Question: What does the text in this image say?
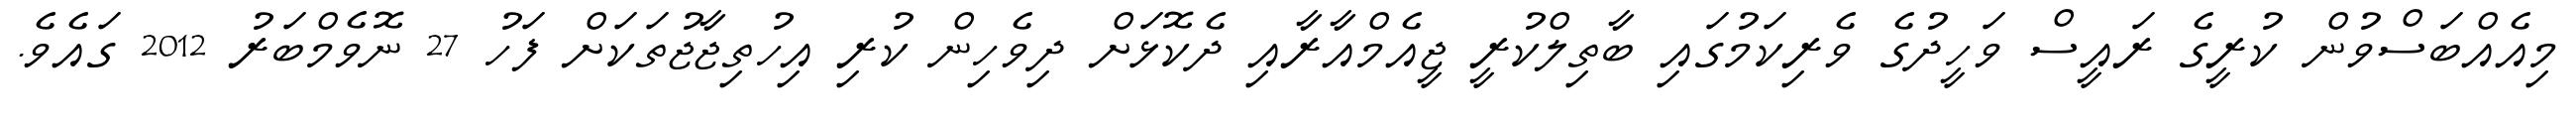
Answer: މިއެއްބަސްވުން ކުރީގެ ރައީސް ވަހީދުގެ ވެރިކަމުގައި ބާތިލްކުރީ ޖީއެމްއާރާއި ދެކޮޅަށް ދިވެހިން ކުރި އިހުތިޖާޖުތަކަށް ފަހު 27 ނޮވެމްބަރު 2012 ގައެވެ.